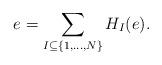
LaTeX: \begin{align*} e = \sum_{I \subseteq \{1, \ldots, N\}} H_I (e). \end{align*}